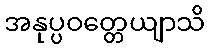
အနုပ္ပဝတ္တေယျာသိ